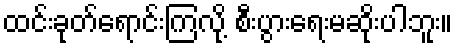
ထင်းခုတ်ရောင်းကြလို့ စီးပွားရေးမဆိုးပါဘူး။